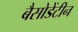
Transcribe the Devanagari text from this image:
बैसोडेंटीन